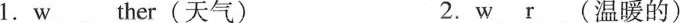
1.w_ther(天气) 2.w_r(温暖的)